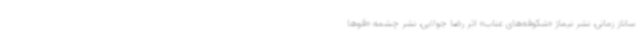
ساناز زمانی، نشر نیماژ «شکوفه‌های عناب» اثر رضا جولایی، نشر چشمه «قوها